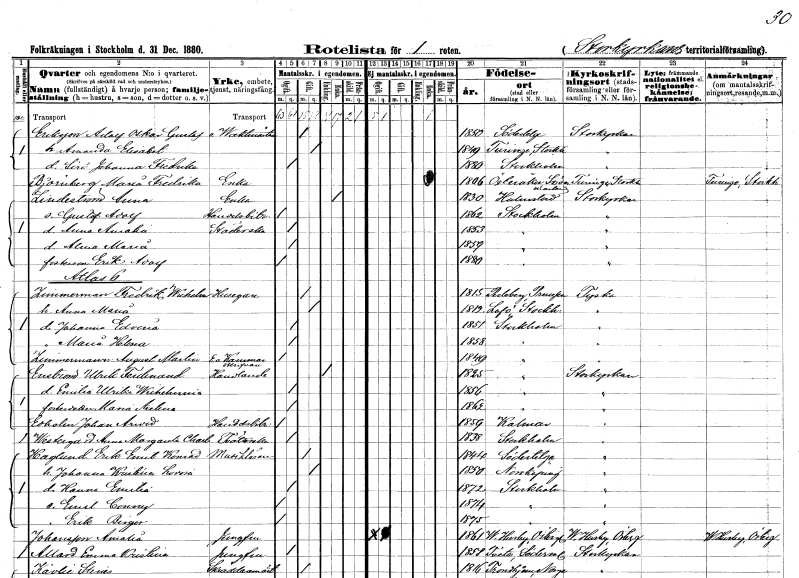
gt_parse: households: individuals: FN: Adolf Oskar Gustaf
EN: Eriksson
YRKE: Vaktmästare
KON: M
CIV: G
FODAR: 1850
FODFORS: Södertälje Stockholms län
FN: Amanda Elisabet
KON: K
CIV: G
FODAR: 1849
FODFORS: Turinge Stockholms län
FN: Lisa Johanna Fredrika
KON: K
CIV: O
FODAR: 1880
FODFORS: Stockholm
FN: Maria Fredrika
EN: Björnberg
YRKE: Änka
KON: K
CIV: E
FODAR: 1806
FODFORS: Österåker Södermanlands län
FN: Anna
EN: Lindström
YRKE: Änka
KON: K
CIV: E
FODAR: 1830
FODFORS: Halmstad Hallands län
FN: Gustaf Adolf
YRKE: Handelsbiträde
KON: M
CIV: O
FODAR: 1862
FODFORS: Stockholm
FN: Anna Amalia
YRKE: Städerska
KON: K
CIV: O
FODAR: 1853
FODFORS: Stockholm
FN: Alma Maria
KON: K
CIV: O
FODAR: 1859
FODFORS: Stockholm
FN: Erik Adolf
KON: M
CIV: O
FODAR: 1880
FODFORS: Stockholm
FN: Fredrik Wilhelm
EN: Zimmerman
YRKE: Husägare
KON: M
CIV: G
FODAR: 1815
FN: Anna Maria
KON: K
CIV: G
FODAR: 1812
FODFORS: Lovö Stockholms län
FN: Johanna Edvina
KON: K
CIV: O
FODAR: 1851
FODFORS: Stockholm
FN: Maria Helena
KON: K
CIV: O
FODAR: 1858
FODFORS: Stockholm
FN: August Martin
EN: Zimmerman
YRKE: Kammarskrivare e. o.
KON: M
CIV: O
FODAR: 1849
FODFORS: Stockholm
FN: Ulrik Ferdinand
EN: Enström
YRKE: Handlande
KON: M
CIV: E
FODAR: 1825
FODFORS: Stockholm
FN: Emilia Ulrika Wilhelmina
KON: K
CIV: O
FODAR: 1856
FODFORS: Stockholm
FN: Maria Axelina
KON: K
CIV: O
FODAR: 1862
FODFORS: Stockholm
FN: Johan Arvid
EN: Edholm
YRKE: Handelsbiträde
KON: M
CIV: O
FODAR: 1859
FODFORS: Kalmar Kalmar län
FN: Anna Margareta Charlotta
EN: Westergard
YRKE: Tvätterska
KON: K
CIV: O
FODAR: 1838
FODFORS: Stockholm
FN: Erik Ernst Konrad
EN: Haglund
YRKE: Musiklärare
KON: M
CIV: G
FODAR: 1844
FODFORS: Södertälje Stockholms län
FN: Johanna Kristina Lovisa
KON: K
CIV: G
FODAR: 1850
FODFORS: Norrköping Östergötlands län
FN: Hanna Emilia
KON: K
CIV: O
FODAR: 1872
FODFORS: Stockholm
FN: Emil Conny
KON: M
CIV: O
FODAR: 1874
FODFORS: Stockholm
FN: Erik Birger
KON: M
CIV: O
FODAR: 1875
FODFORS: Stockholm